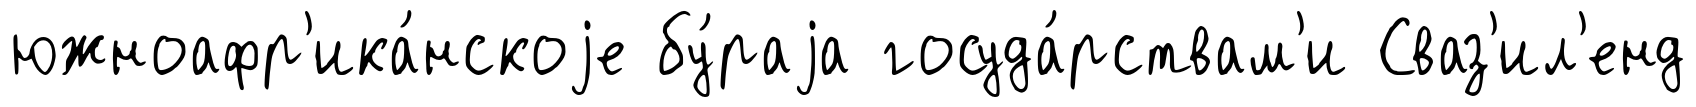
южноафр'ика́нскоjе бу́раjа госуда́рствам'и Сваз'ил'енд